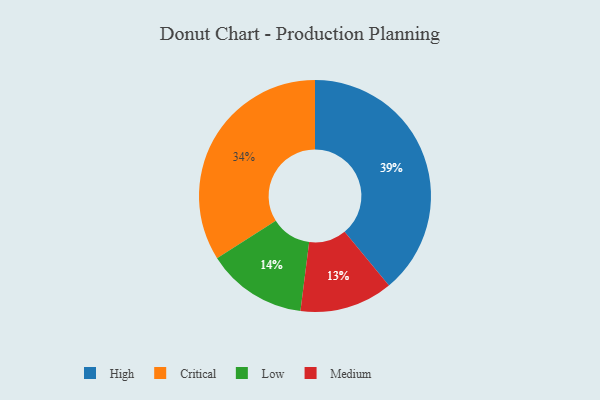
{"axis": {"x": "Category", "y": "Percentage"}, "legend": ["Critical", "High", "Low", "Medium"], "data": [{"x": "Medium", "y": 13, "type": "Medium"}, {"x": "Critical", "y": 34, "type": "Critical"}, {"x": "High", "y": 39, "type": "High"}, {"x": "Low", "y": 14, "type": "Low"}]}